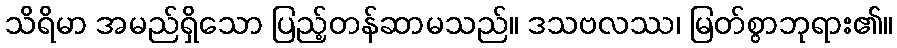
သိရိမာ အမည်ရှိသော ပြည့်တန်ဆာမသည်။ ဒသဗလဿ၊ မြတ်စွာဘုရား၏။